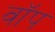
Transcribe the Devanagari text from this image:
वॉप